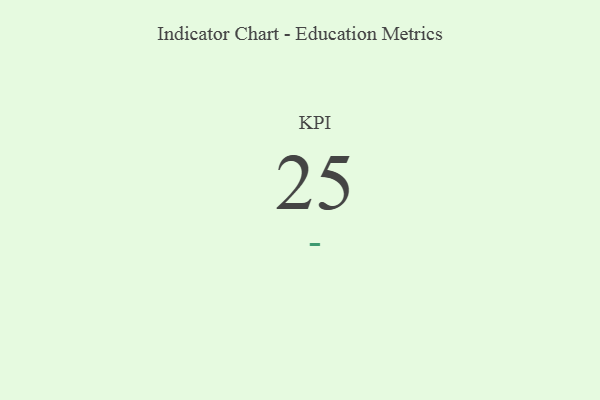
{"axis": {"x": "KPI", "y": "Value"}, "legend": [""], "data": [{"x": "KPI", "y": 25, "type": ""}]}